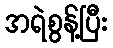
အရဲစွန့်ပြီး